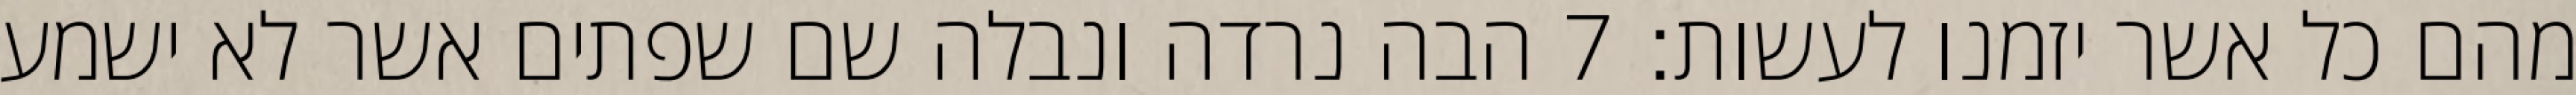
מהם כל אשר יזמנו לעשות׃ ‎7‏ הבה נרדה ונבלה שם שפתים אשר לא ישמע